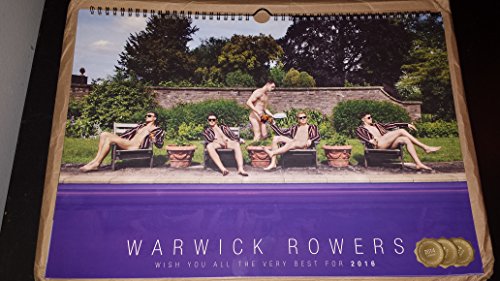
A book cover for The Warwick Rowers Calendar 2016; Arts & Photography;